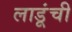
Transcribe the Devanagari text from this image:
लाडूंची